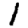
Digit: 1